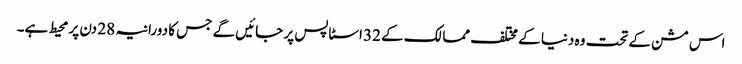
اس مشن کے تحت وہ دنیا کے مختلف ممالک کے 32 اسٹاپس پر جائیں گے جس کا دورانیہ 28 دن پر محیط ہے۔